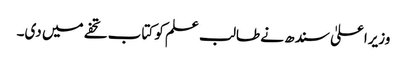
وزیراعلیٰ سندھ نے طالب علم کو کتاب تحفے میں دی۔